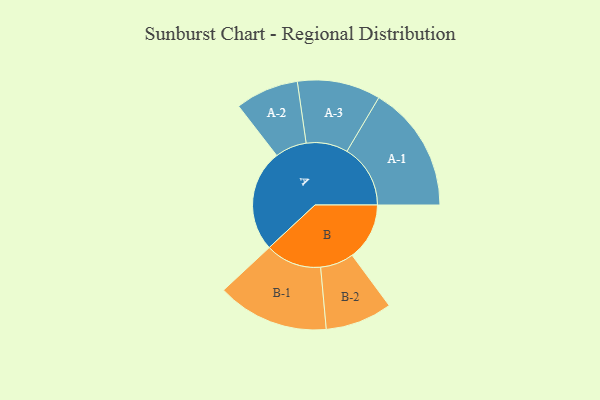
{"axis": {"x": "Segment", "y": "Value"}, "legend": ["", "A", "B"], "data": [{"x": "A", "y": 448, "type": ""}, {"x": "B", "y": 252, "type": ""}, {"x": "A-1", "y": 279, "type": "A"}, {"x": "A-2", "y": 139, "type": "A"}, {"x": "A-3", "y": 183, "type": "A"}, {"x": "B-1", "y": 246, "type": "B"}, {"x": "B-2", "y": 147, "type": "B"}]}